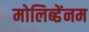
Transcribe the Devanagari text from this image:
मोलिब्डेंनम